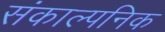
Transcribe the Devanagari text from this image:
संकाल्पनिक